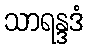
သာရန္ဒဒံ